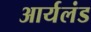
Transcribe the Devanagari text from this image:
आर्यलंड